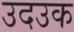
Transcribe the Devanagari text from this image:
उदउक